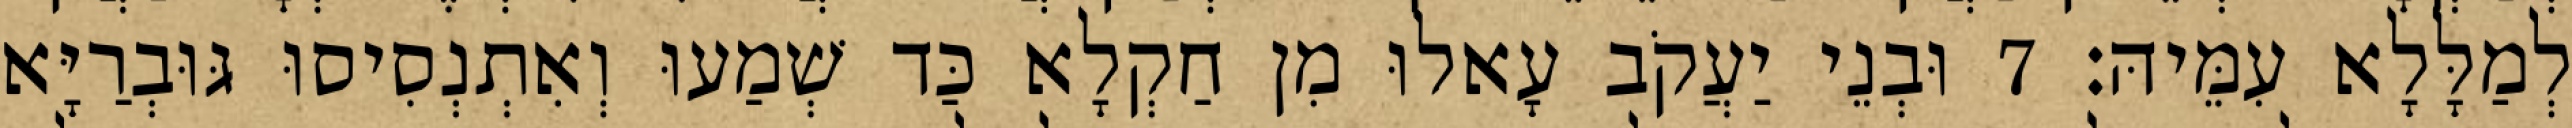
לְמַלָּלָא עִמֵּיהּ׃ 7 וּבְנֵי יַעֲקֹב עָאלוּ מִן חַקְלָא כַּד שְׁמַעוּ וְאִתְנְסִיסוּ גּוּבְרַיָּא